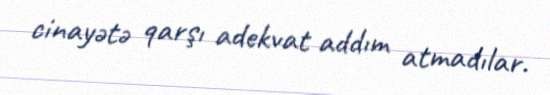
cinayətə qarşı adekvat addım atmadılar.